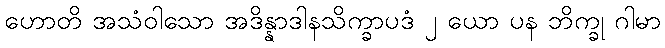
ဟောတိ အသံဝါသော အဒိန္နာဒါနသိက္ခာပဒံ ၂ ယော ပန ဘိက္ခု ဂါမာ